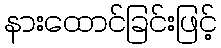
နားထောင်ခြင်းဖြင့်